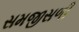
સમજીસળી